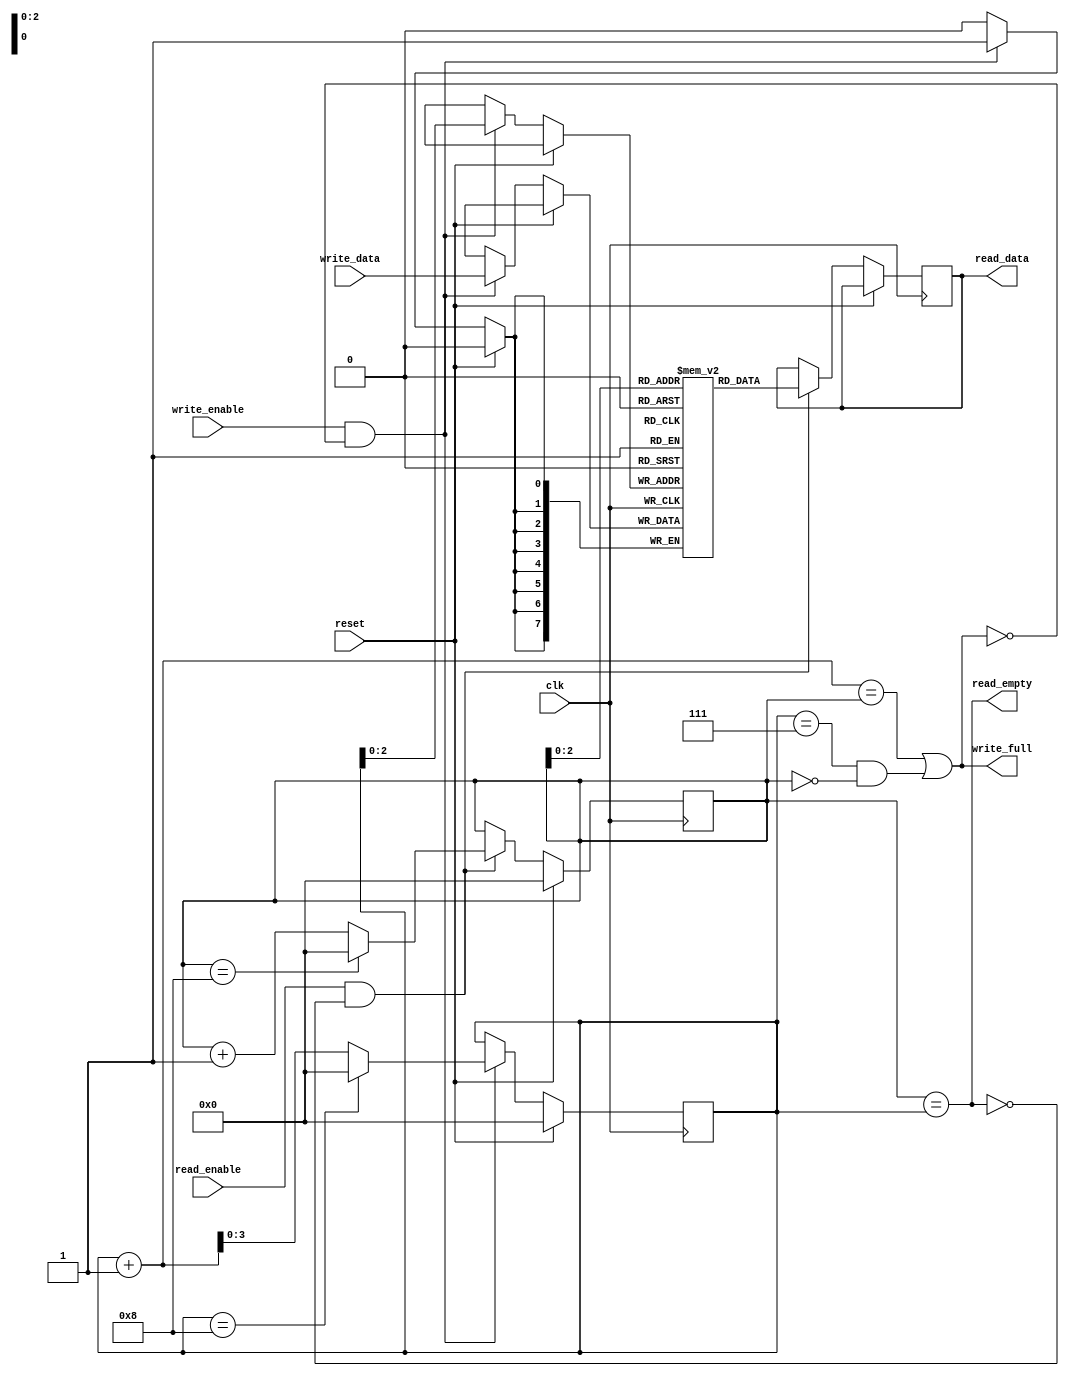
module fifo_buffer #(
  parameter depth = 8,
  parameter data_width = 8
) (
  input        clk,
  input        reset,
  input        write_enable,
  input [data_width-1:0] write_data,
  output       write_full,
  input        read_enable,
  output [data_width-1:0] read_data,
  output       read_empty
);

  reg [data_width-1:0] memory [0:depth-1];
  reg [3:0] write_pointer, read_pointer;
  reg [data_width-1:0] read_temp;

  always @(posedge clk) begin
    if (reset) begin
      write_pointer <= 0;
      read_pointer <= 0;
    end else begin
      if (write_enable && !write_full) begin
        memory[write_pointer] <= write_data;
        write_pointer <= write_pointer + 1;
        if (write_pointer == depth) begin
          write_pointer <= 0;
        end
      end
      if (read_enable && !read_empty) begin
        read_temp <= memory[read_pointer];
        read_pointer <= read_pointer + 1;
        if (read_pointer == depth) begin
          read_pointer <= 0;
        end
      end
    end
  end

  assign write_full = (write_pointer + 1 == read_pointer) || (write_pointer == depth-1 && read_pointer == 0);
  assign read_empty = (read_pointer == write_pointer);
  assign read_data = read_temp;

endmodule